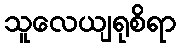
သူလေယျရုစိရာ